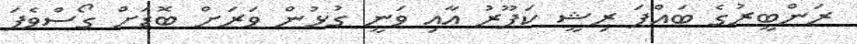
ރަންބީރުގެ ބައްޕަ ރިޝީ ކަޕޫރު އާއި ވަނީ ގުޅުން ވަރަށް ބޮޑަށް ގޯސްވެފަ